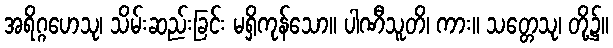
အရိဂ္ဂဟေသု၊ သိမ်းဆည်းခြင်း မရှိကုန်သော။ ပါဏီသူတိ၊ ကား။ သတ္တေသု၊ တို့၌။